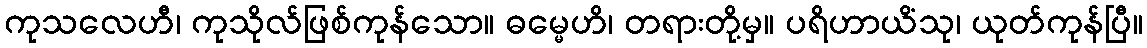
ကုသလေဟီ၊ ကုသိုလ်ဖြစ်ကုန်သော။ ဓမ္မေဟိ၊ တရားတို့မှ။ ပရိဟာယိံသု၊ ယုတ်ကုန်ပြီ။